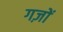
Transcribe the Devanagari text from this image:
गज़ों